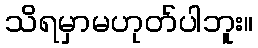
သိရမှာမဟုတ်ပါဘူး။